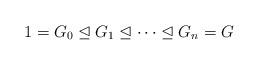
LaTeX: \begin{align*}1=G_0\trianglelefteq G_1\trianglelefteq\cdots \trianglelefteq G_n=G\end{align*}